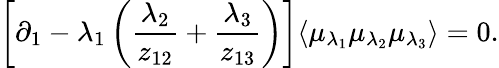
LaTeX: \left[\partial_{1}-\lambda_{1}\left(\frac{\lambda_{2}}{z_{12}}+\frac{\lambda_{3}}{z_{13}}\right)\right]\langle\mu_{\lambda_{1}}\mu_{\lambda_{2}}\mu_{\lambda_{3}}\rangle=0.